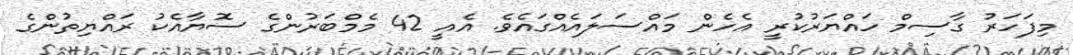
މިފަހަރު ގާސިމް ހައްޔަރުކުރީ އެހެން މައްސަލައެއްގައެވެ. އެއީ 42 މެމްބަރުންގެ ސޮޔާއެކު ރައްޔިތުންގެ